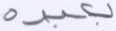
بعبده